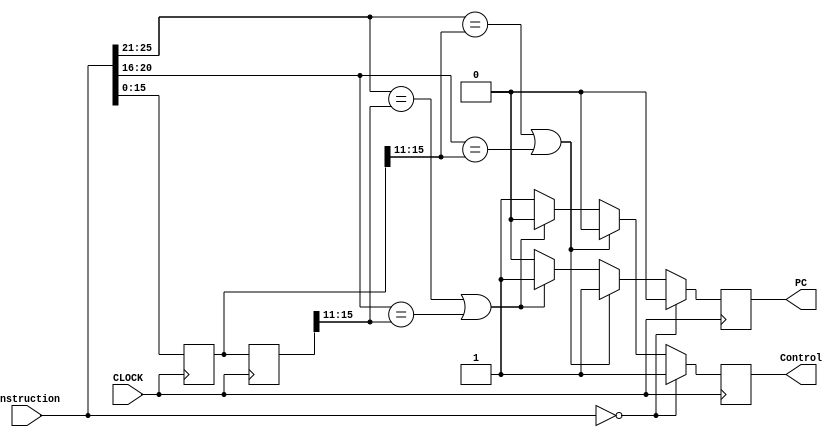
// hazard_detection_unit.v

module hazard_detection_unit(
	input wire CLOCK,
	input wire [31:0]instruction,
	
	output reg Control,
	output reg PC);
	
	//initial begin
		reg [31:0]inst_1 = 0;
		reg [31:0]inst_2 = 0;
		reg [31:0]inst_3 = 0;
	//end

	always @(posedge CLOCK) begin
		inst_3 = inst_2;
		inst_2 = inst_1;
		inst_1 = instruction;
		
		if (instruction == 0) begin
				Control = 1;
				PC = 0;
		end	
		
		else if ((inst_1[25:21] == inst_2[15:11]) || (inst_1[20:16] == inst_2[15:11]))
			begin
				Control = 0;
				PC = 1;
			end
		else if ((inst_1[25:21] == inst_3[15:11]) || (inst_1[20:16] == inst_3[15:11]))
			begin
				Control = 0;
				PC = 1;
			end
		else begin
			Control = 1;
			PC = 0;
		end
	end
endmodule